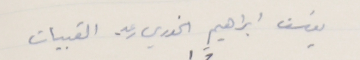
يوسَف ابراهيم الخوري رعد - القبيات